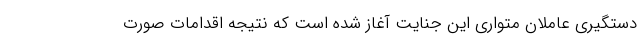
دستگیری عاملان متواری این جنایت آغاز شده است که نتیجه اقدامات صورت